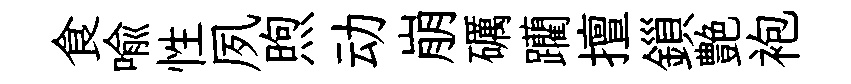
食喩性夙煦动崩礪躪擅鎻艶袍